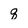
Character: q